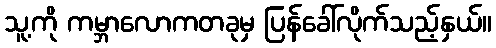
သူ့ကို ကမ္ဘာလောကတခုမှ ပြန်ခေါ်လိုက်သည့်နှယ်။